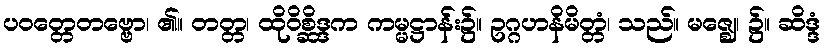
ပဝတ္တေတဗ္ဗော၊ ၏။ တတ္တ၊ ထိုဝိစ္ဆိဒ္ဒက ကမ္မဋ္ဌာန်း၌။ ဥဂ္ဂဟနိမိတ္တံ၊ သည်။ မဇ္ဈေ၊ ၌။ ဆိဒ္ဒံ